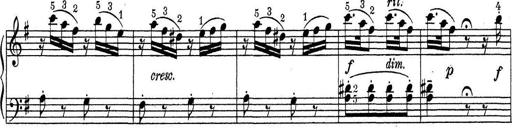
Title: ÄŒeskÃ© Sonatiny
Composer: Various